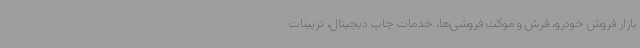
بازار فروش خودرو، فرش و موکت فروشی‌ها، خدمات چاپ دیجیتال، تزیینات